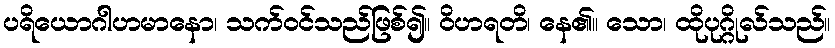
ပရိယောဂါဟမာနော၊ သက်ဝင်သည်ဖြစ်၍။ ဝိဟရတိ၊ နေ၏။ သော၊ ထိုပုဂ္ဂိုလ်သည်။